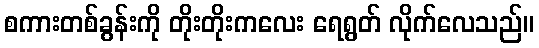
စကားတစ်ခွန်းကို တိုးတိုးကလေး ရေရွတ် လိုက်လေသည်။